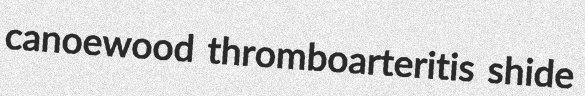
canoewood thromboarteritis shide